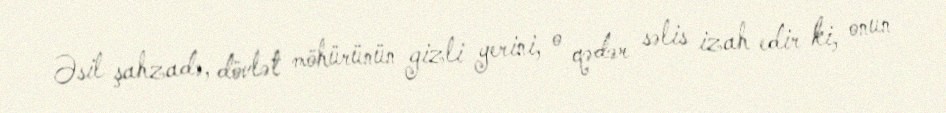
Əsil şahzadə, dövlət möhürünün gizli yerini, o qədər səlis izah edir ki, onun